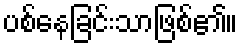
ပစ်နေခြင်းသာဖြစ်၏။